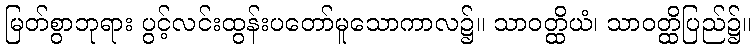
မြတ်စွာဘုရား ပွင့်လင်းထွန်းပတော်မူသောကာလ၌။ သာဝတ္ထိယံ၊ သာဝတ္ထိပြည်၌။